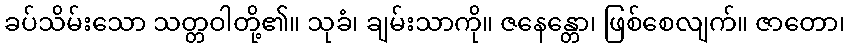
ခပ်သိမ်းသော သတ္တဝါတို့၏။ သုခံ၊ ချမ်းသာကို။ ဇနေန္တော၊ ဖြစ်စေလျက်။ ဇာတော၊